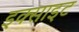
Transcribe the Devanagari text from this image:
इक्साइट